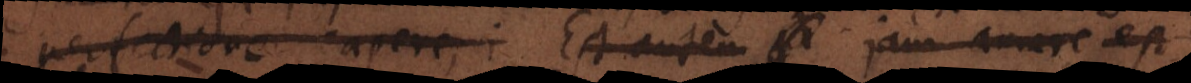
perfectione capere, i Est autem a Jam amare est